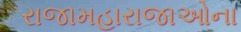
રાજામહારાજાઓના